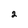
Character: 2